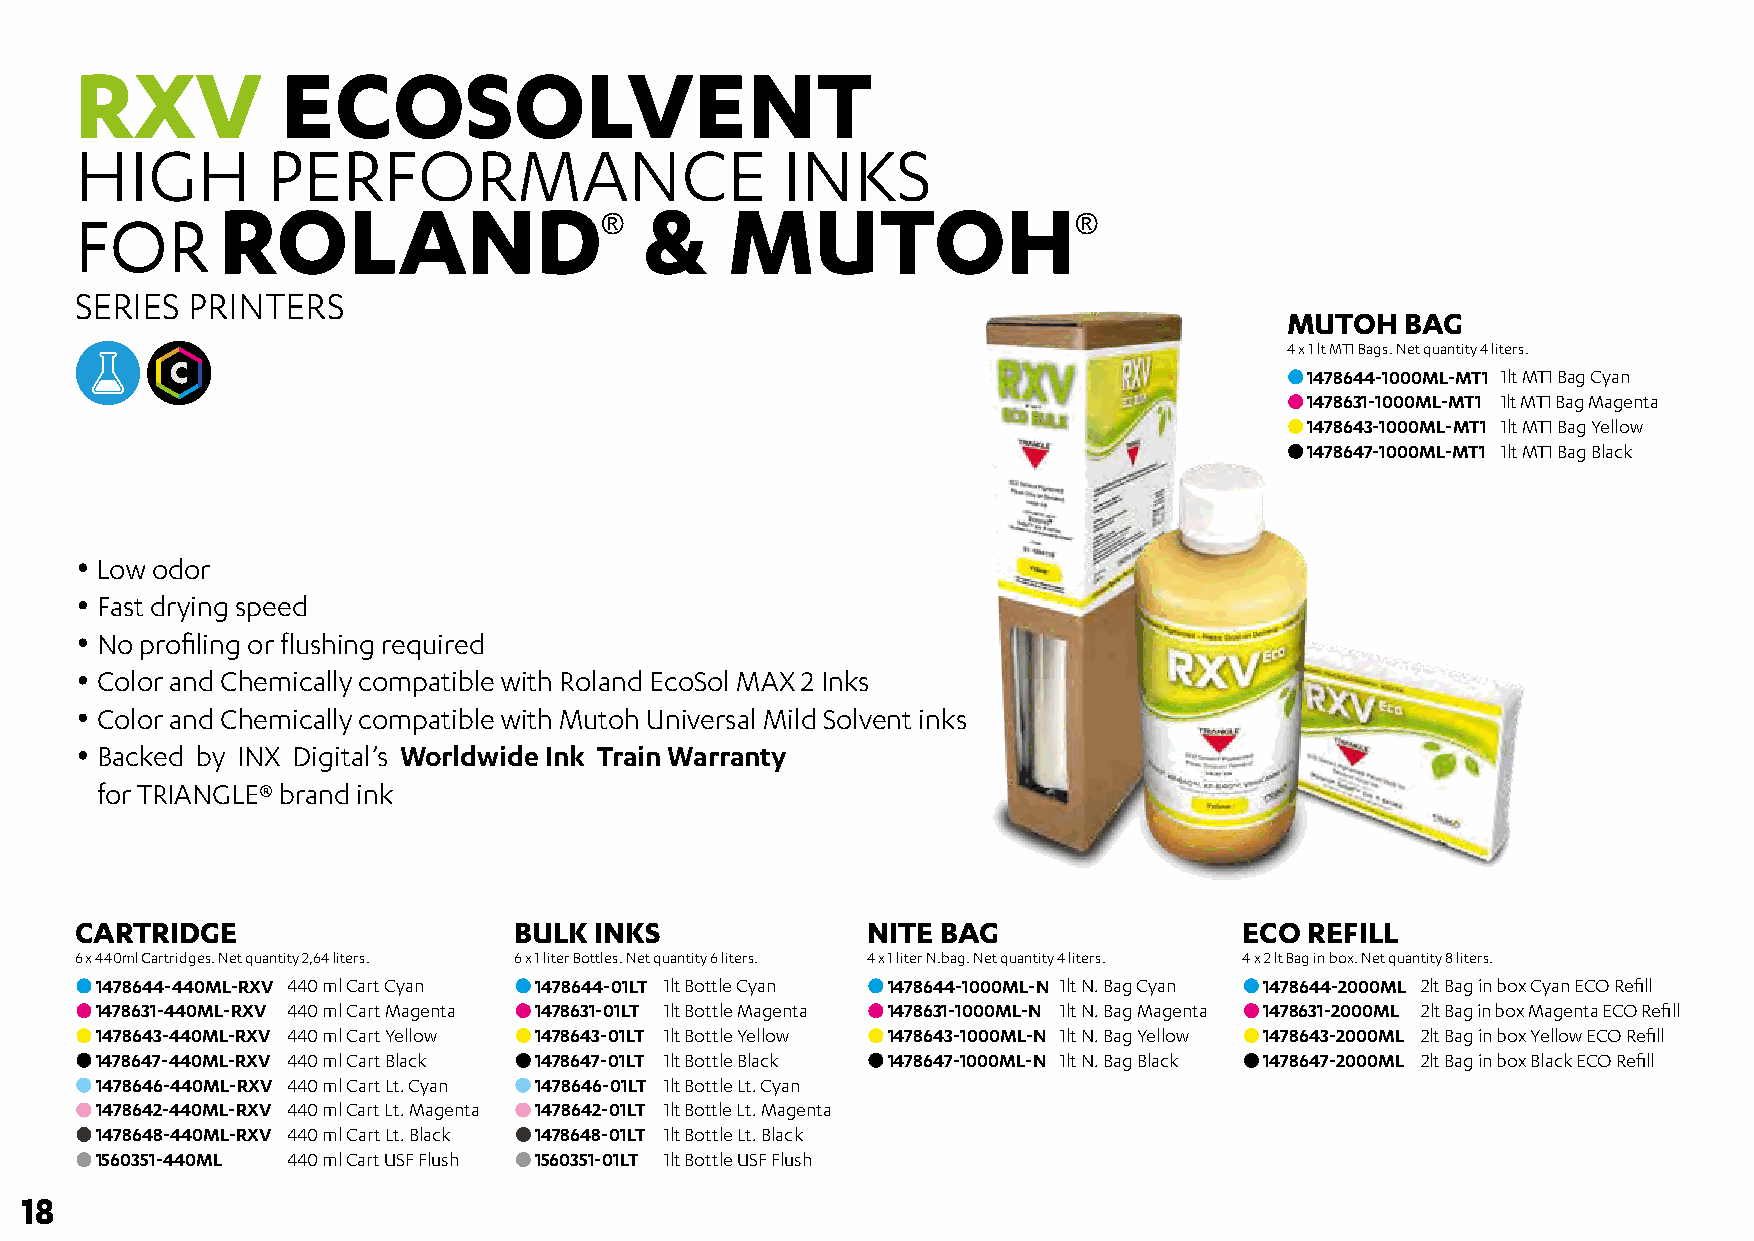
RXV           ECOSOLVENT
 HIGH         PERFORMANCE                       INKS
 RROOLLAANNDD                 &    MUTOH
 FFOORR
 ®®                             ®
 SERIES  PRINTERS
 MUTOH   BAG
 4 x 1 lt MT1 Bags. Net quantity 4 liters.
 2YR                                                                    1478644-1000ML-MT1 1lt MT1 Bag Cyan
 1478631-1000ML-MT1 1lt MT1 Bag Magenta
 1478643-1000ML-MT1 1lt MT1 Bag Yellow
 1478647-1000ML-MT1 1lt MT1 Bag Black
 • Low odor
 • Fast drying speed
 • No profiling or flushing required
 • Color and Chemically compatible with Roland EcoSol MAX 2 Inks
 • Color and Chemically compatible with Mutoh Universal Mild Solvent inks
 • Backed by INX Digital’s Worldwide Ink Train Warranty
 • for TRIANGLE® brand ink
 CARTRIDGE                    BULK INKS              NITE BAG                 ECO  REFILL
 6 x 440ml Cartridges. Net quantity 2,64 liters. 6 x 1 liter Bottles. Net quantity 6 liters. 4 x 1 liter N.bag. Net quantity 4 liters. 4 x 2 lt Bag in box. Net quantity 8 liters.
 1478644-440ML-RXV 440 ml Cart Cyan 1478644-01LT 1lt Bottle Cyan 1478644-1000ML-N 1lt N. Bag Cyan 1478644-2000ML 2lt Bag in box Cyan ECO Refill
 1478631-440ML-RXV 440 ml Cart Magenta 1478631-01LT 1lt Bottle Magenta 1478631-1000ML-N 1lt N. Bag Magenta 1478631-2000ML 2lt Bag in box Magenta ECO Refill
 1478643-440ML-RXV 440 ml Cart Yellow 1478643-01LT 1lt Bottle Yellow 1478643-1000ML-N 1lt N. Bag Yellow 1478643-2000ML 2lt Bag in box Yellow ECO Refill
 1478647-440ML-RXV 440 ml Cart Black 1478647-01LT 1lt Bottle Black 1478647-1000ML-N 1lt N. Bag Black 1478647-2000ML 2lt Bag in box Black ECO Refill
 1478646-440ML-RXV 440 ml Cart Lt. Cyan 1478646-01LT 1lt Bottle Lt. Cyan
 1478642-440ML-RXV 440 ml Cart Lt. Magenta 1478642-01LT 1lt Bottle Lt. Magenta
 1478648-440ML-RXV 440 ml Cart Lt. Black 1478648-01LT 1lt Bottle Lt. Black
 1560351-440ML 440 ml Cart USF Flush 1560351-01LT 1lt Bottle USF Flush
 18